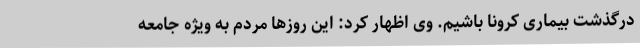
درگذشت بیماری کرونا باشیم. وی اظهار کرد: این روزها مردم به ویژه جامعه